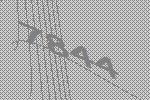
7844